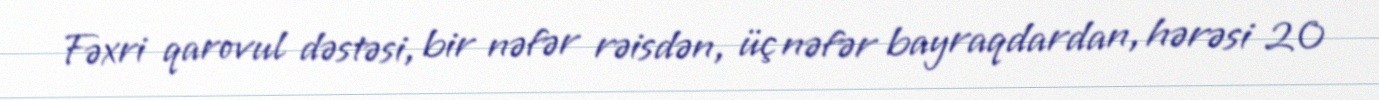
Fəxri qarovul dəstəsi, bir nəfər rəisdən, üç nəfər bayraqdardan, hərəsi 20